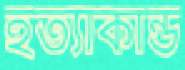
হত্যাকান্ড